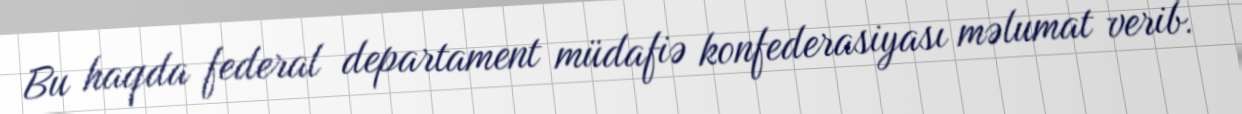
Bu haqda federal departament müdafiə konfederasiyası məlumat verib.